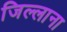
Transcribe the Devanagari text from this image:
जिल्लाना